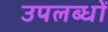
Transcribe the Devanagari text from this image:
उपलब्धों